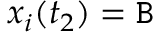
x _ { i } ( t _ { 2 } ) = \mathtt { B }